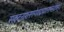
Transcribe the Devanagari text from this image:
संकटनाशनगणेशद्वादशनामस्तोत्रम्।।